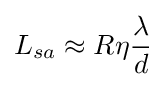
L_{sa}\approx R\eta {\frac {\lambda }{d}}